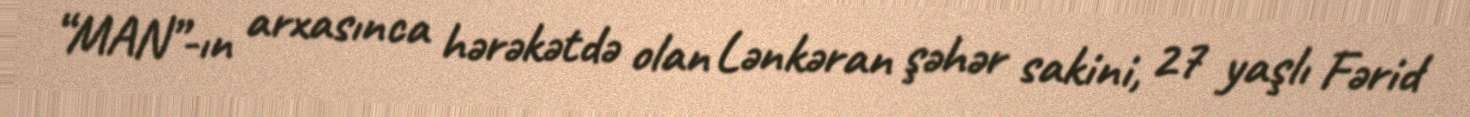
“MAN”-ın arxasınca hərəkətdə olan Lənkəran şəhər sakini, 27 yaşlı Fərid